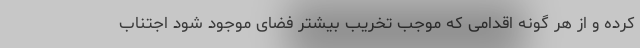
کرده و از هر گونه اقدامی که موجب تخریب بیشتر فضای موجود شود اجتناب